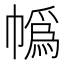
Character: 𪩼